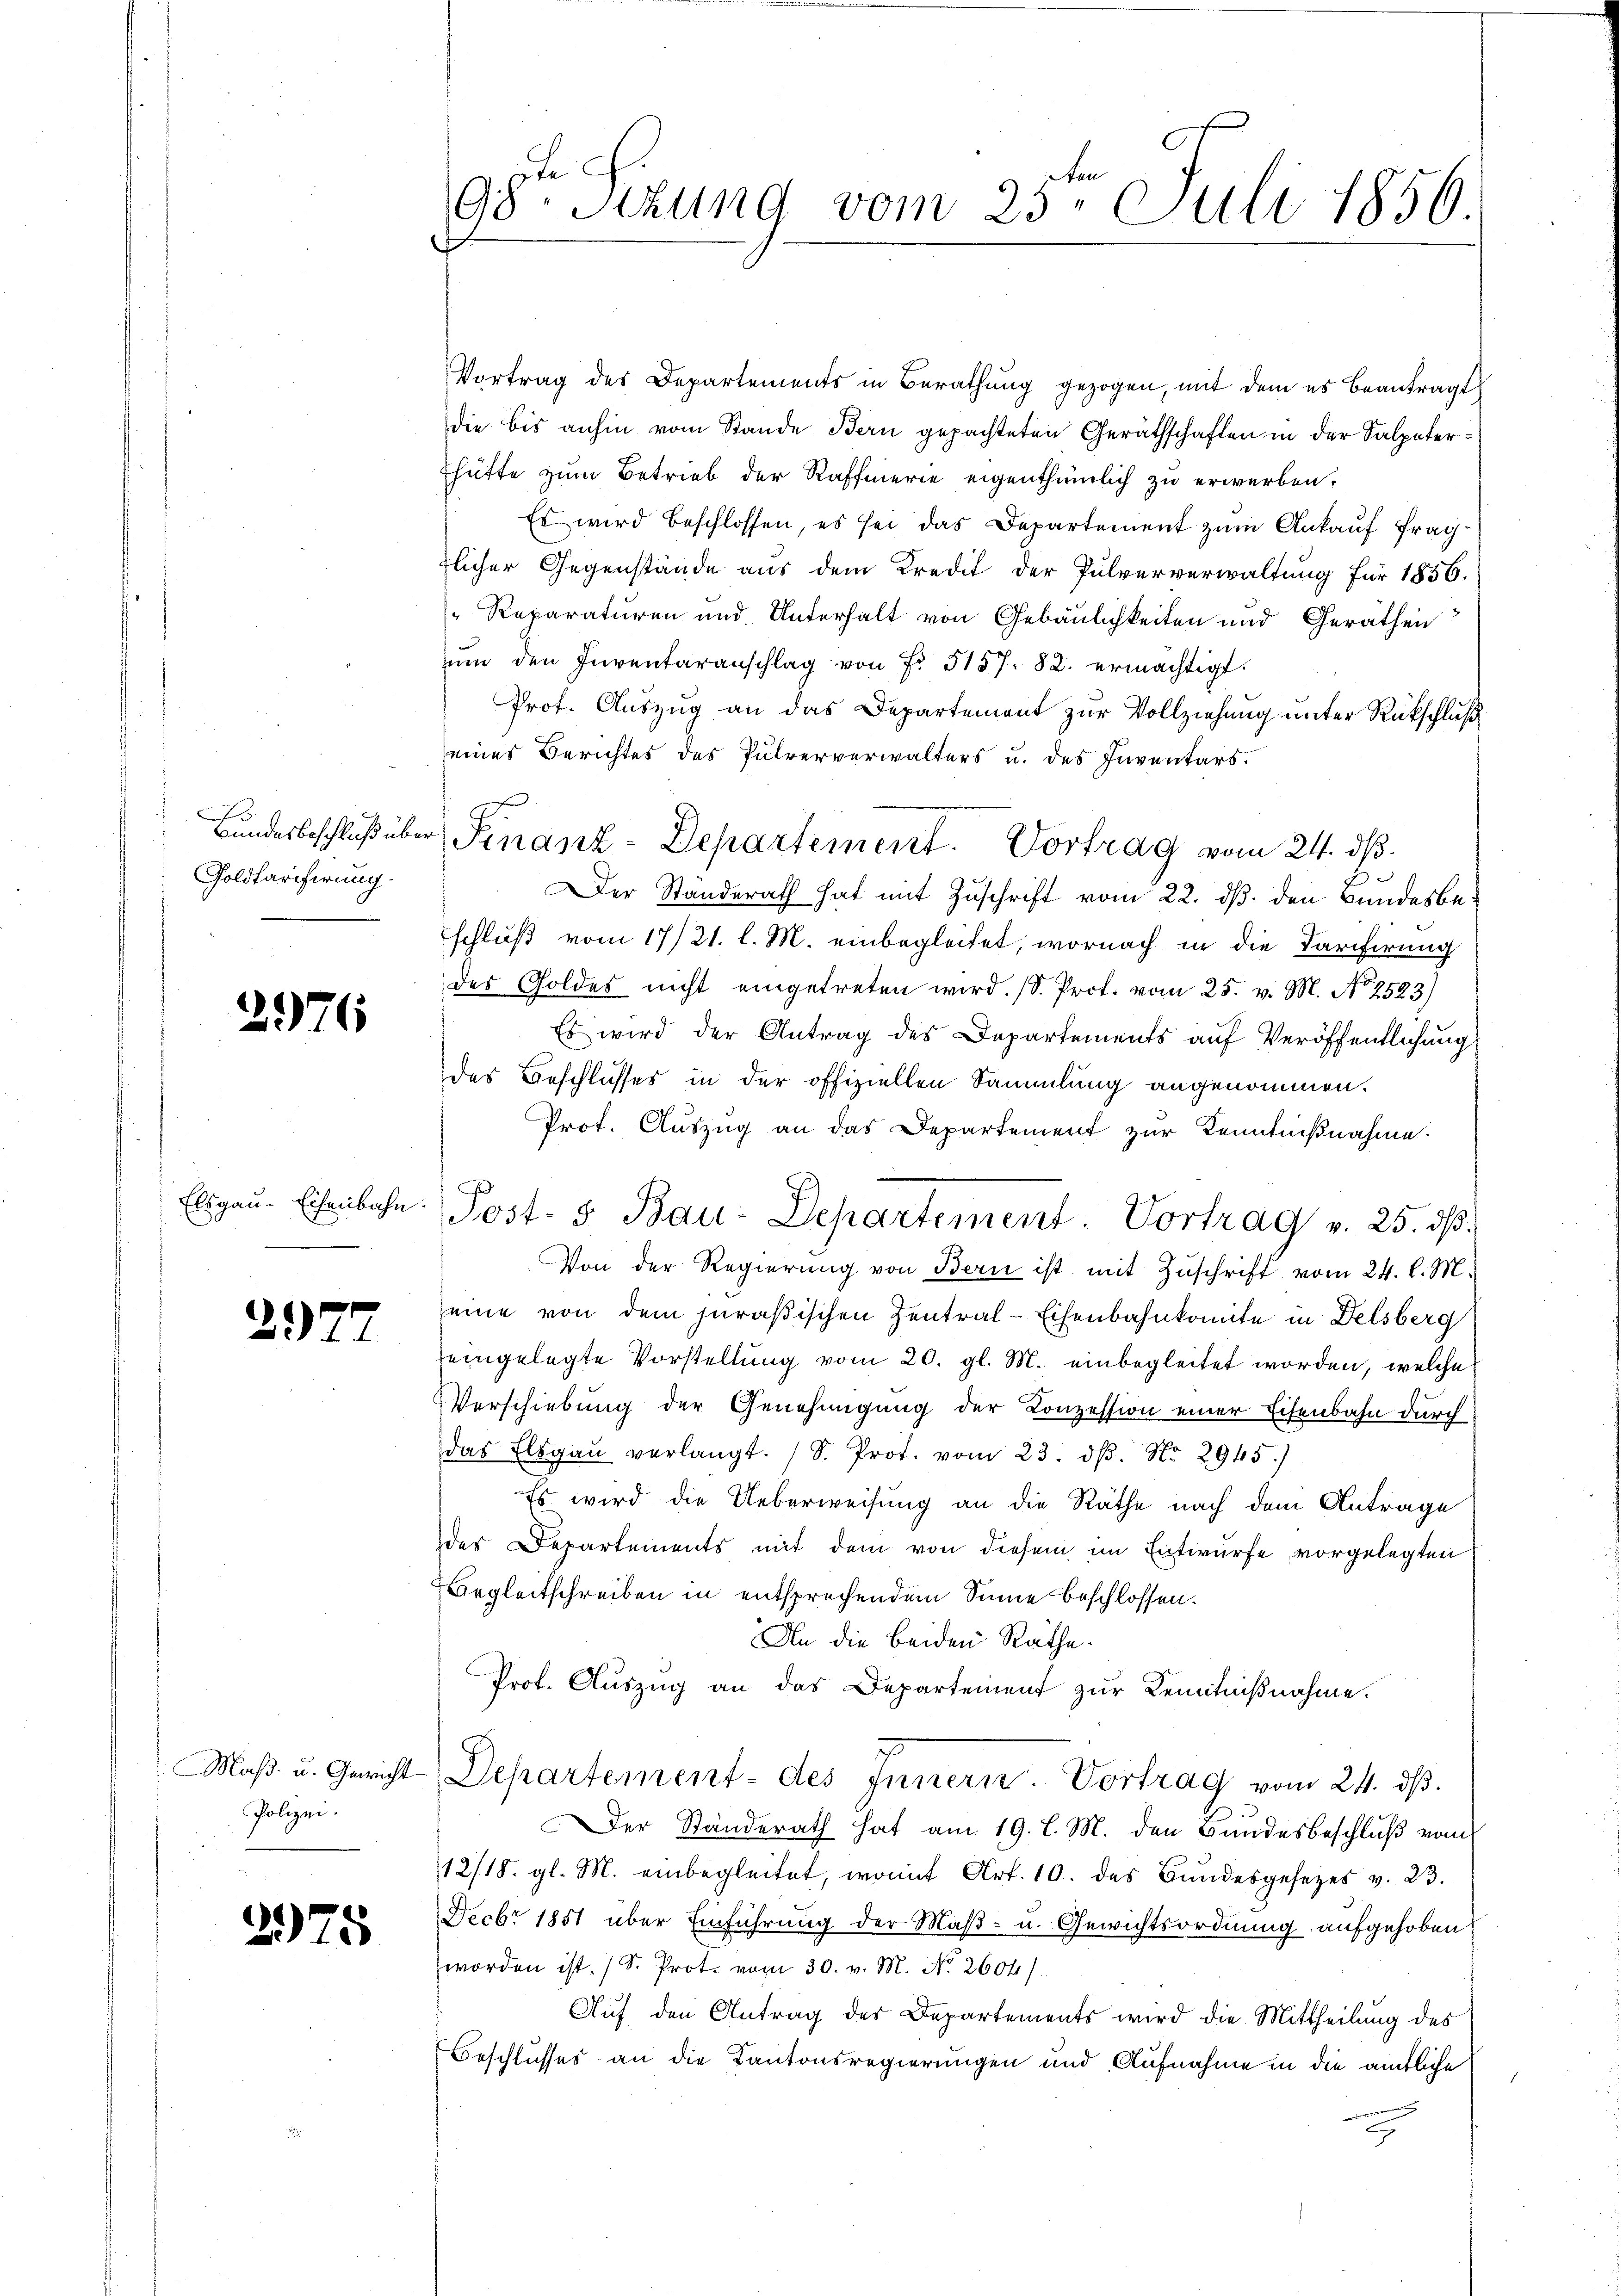
73
Goldfarifirung.

2976

Elsgau-Eisenbahn.

2977

Maß- u. Gericht
Polizei.

2975

98te Sezung vom 25te͇n Juli 1856.

Vortrag des Departements in Berathung gezogen, mit dem es beantragt
die bis anhin vom Stande Bern gepachteten Geräthschaften in der Salpaterhütte zum Betrieb der Raffmerie eigenthümlich zu erwerben,
Es wird beschlossen, es sei das Departement zum Ankauf fragtlicher Gegenstände aus dem Kredit der Pulververwaltung für 1856.
Reparaturen und Unterhalt von Gebäulichkeiten und Geräthen
ŭm den Inventaranschlag von Fr. 5157. 82. ermächtigt.
Prot. Auszug an das Departement zur Vollziehung unter Rückschluß
eines Berichtes des Pulververwalters u. des Inventars.
Der Standerath hat mit Zuschrift vom 22. ds. den Bundesbeschluß vom 17/21. l. M. einbegleitet, wornach in die Tarifirung
des Goldes nicht eingetreten wird. (S. Prot. vom 25. v. M. No 2523)
Es wird der Antrag des Departements auf Veröffentlichung
des Beschlusses in der offiziellen Sammlung angenommen.
Prot. Auszug an das Departement zur Kenntnißnahme.
Von der Regierung von Bern ist mit Zuschrift vom 24. l. M.
eine von dem juraßischen Zentral-Eisenbahnkomite in Delsberg
eingelegte Vorstellung vom 20. gl. M. einbegleitet worden, welche
Verschiebung der Genehmigung der Konzession einer Eisenbahn durch
das Elegaŭ verlangt. (S. Prot. vom 23. dβ. No. 2945.)
Es wird die Ueberweisung an die Räthe nach dem Antrage
des Departements mit dem von diesem im Entwurfe vorgelegten
Begleitschreiben in entsprechendem Sinne beschlossen.
An die beiden Räthe.
Prof. Auszug an das Departement zur Kenntnißnahme.
Departement des Innern. Vortrag vom 24. ds.
Der Standerath hat am 19. l. M. den Bundesbeschluß vom
12/18. gl. M. einbegleitet, womit Art. 10. des Bŭndesgesetzes v. 23.
Decbr 1851 über Einführung der Maß- u. Gewichtsordnung aufgehoben
worden ist. (S. Prot. vom 30. v. M. No. 2604/
Auf den Antrag der Departements wird die Mittheilung des
Beschlusses an die Kantonsregierungen und Aufnahme in die amtliche

Bundesbeschluß über Finanz-Departement. Vortrag vom 24. ds.

Post- 5. Bau-Departement. Vortrag v. 25. dβ.